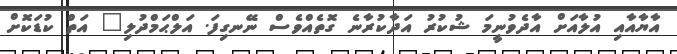
އާޔާއާއި އުލާއަށް އާދެވުނީމަ ޝުކުރު އަދާކުރާނެ ގޮތެއްވެސް ނޭނގިފަ. އަލްޙަމްދުލި" އަތް ކުޑަކޮށް